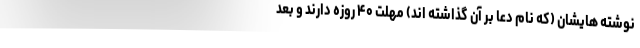
نوشته هایشان (که نام دعا بر آن گذاشته اند) مهلت ۴۰ روزه دارند و بعد